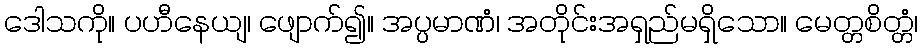
ဒေါသကို။ ပဟီနေယျ၊ ဖျောက်၍။ အပ္ပမာဏံ၊ အတိုင်းအရှည်မရှိသော။ မေတ္တစိတ္တံ၊